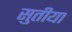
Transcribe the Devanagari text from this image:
सुतीया